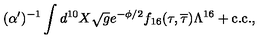
( \alpha ^ { \prime } ) ^ { - 1 } \int d ^ { 1 0 } X \sqrt g e ^ { - \phi / 2 } f _ { 1 6 } ( \tau , \overline { { \tau } } ) \Lambda ^ { 1 6 } + \mathrm { c . c . } ,